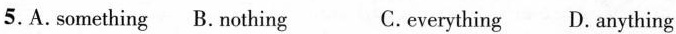
5.A.Something B.Nothing C.everything D. Anything